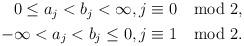
LaTeX: \begin{align*}\begin{aligned}0\leq a_{j}<b_{j}<\infty,j\equiv 0\mod 2,\\-\infty< a_{j}<b_{j}\leq 0, j\equiv 1\mod 2.\end{aligned}\end{align*}